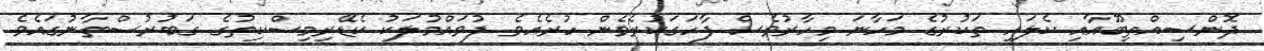
ދޮންސިއްތިބޫއާއި ކެލައި ތަކުރުގެ މަހާނަ މިހާރުވެސް ފާހަގަކުރެވެން ހުރެއެވެ. ފުވައްމުލަކު ކެޑޭރިމިސްކިތުގެ ގަބުރުސްތާނުގައެވެ.